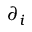
\partial _ { i }